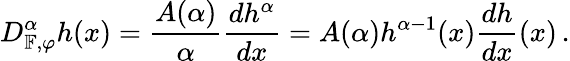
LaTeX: D_{\mathbb{F},\varphi}^{\alpha}h(x)=\frac{A(\alpha)}{\alpha}\frac{dh^{\alpha}}{dx}=A(\alpha)h^{\alpha-1}(x)\frac{dh}{dx}(x)\, .